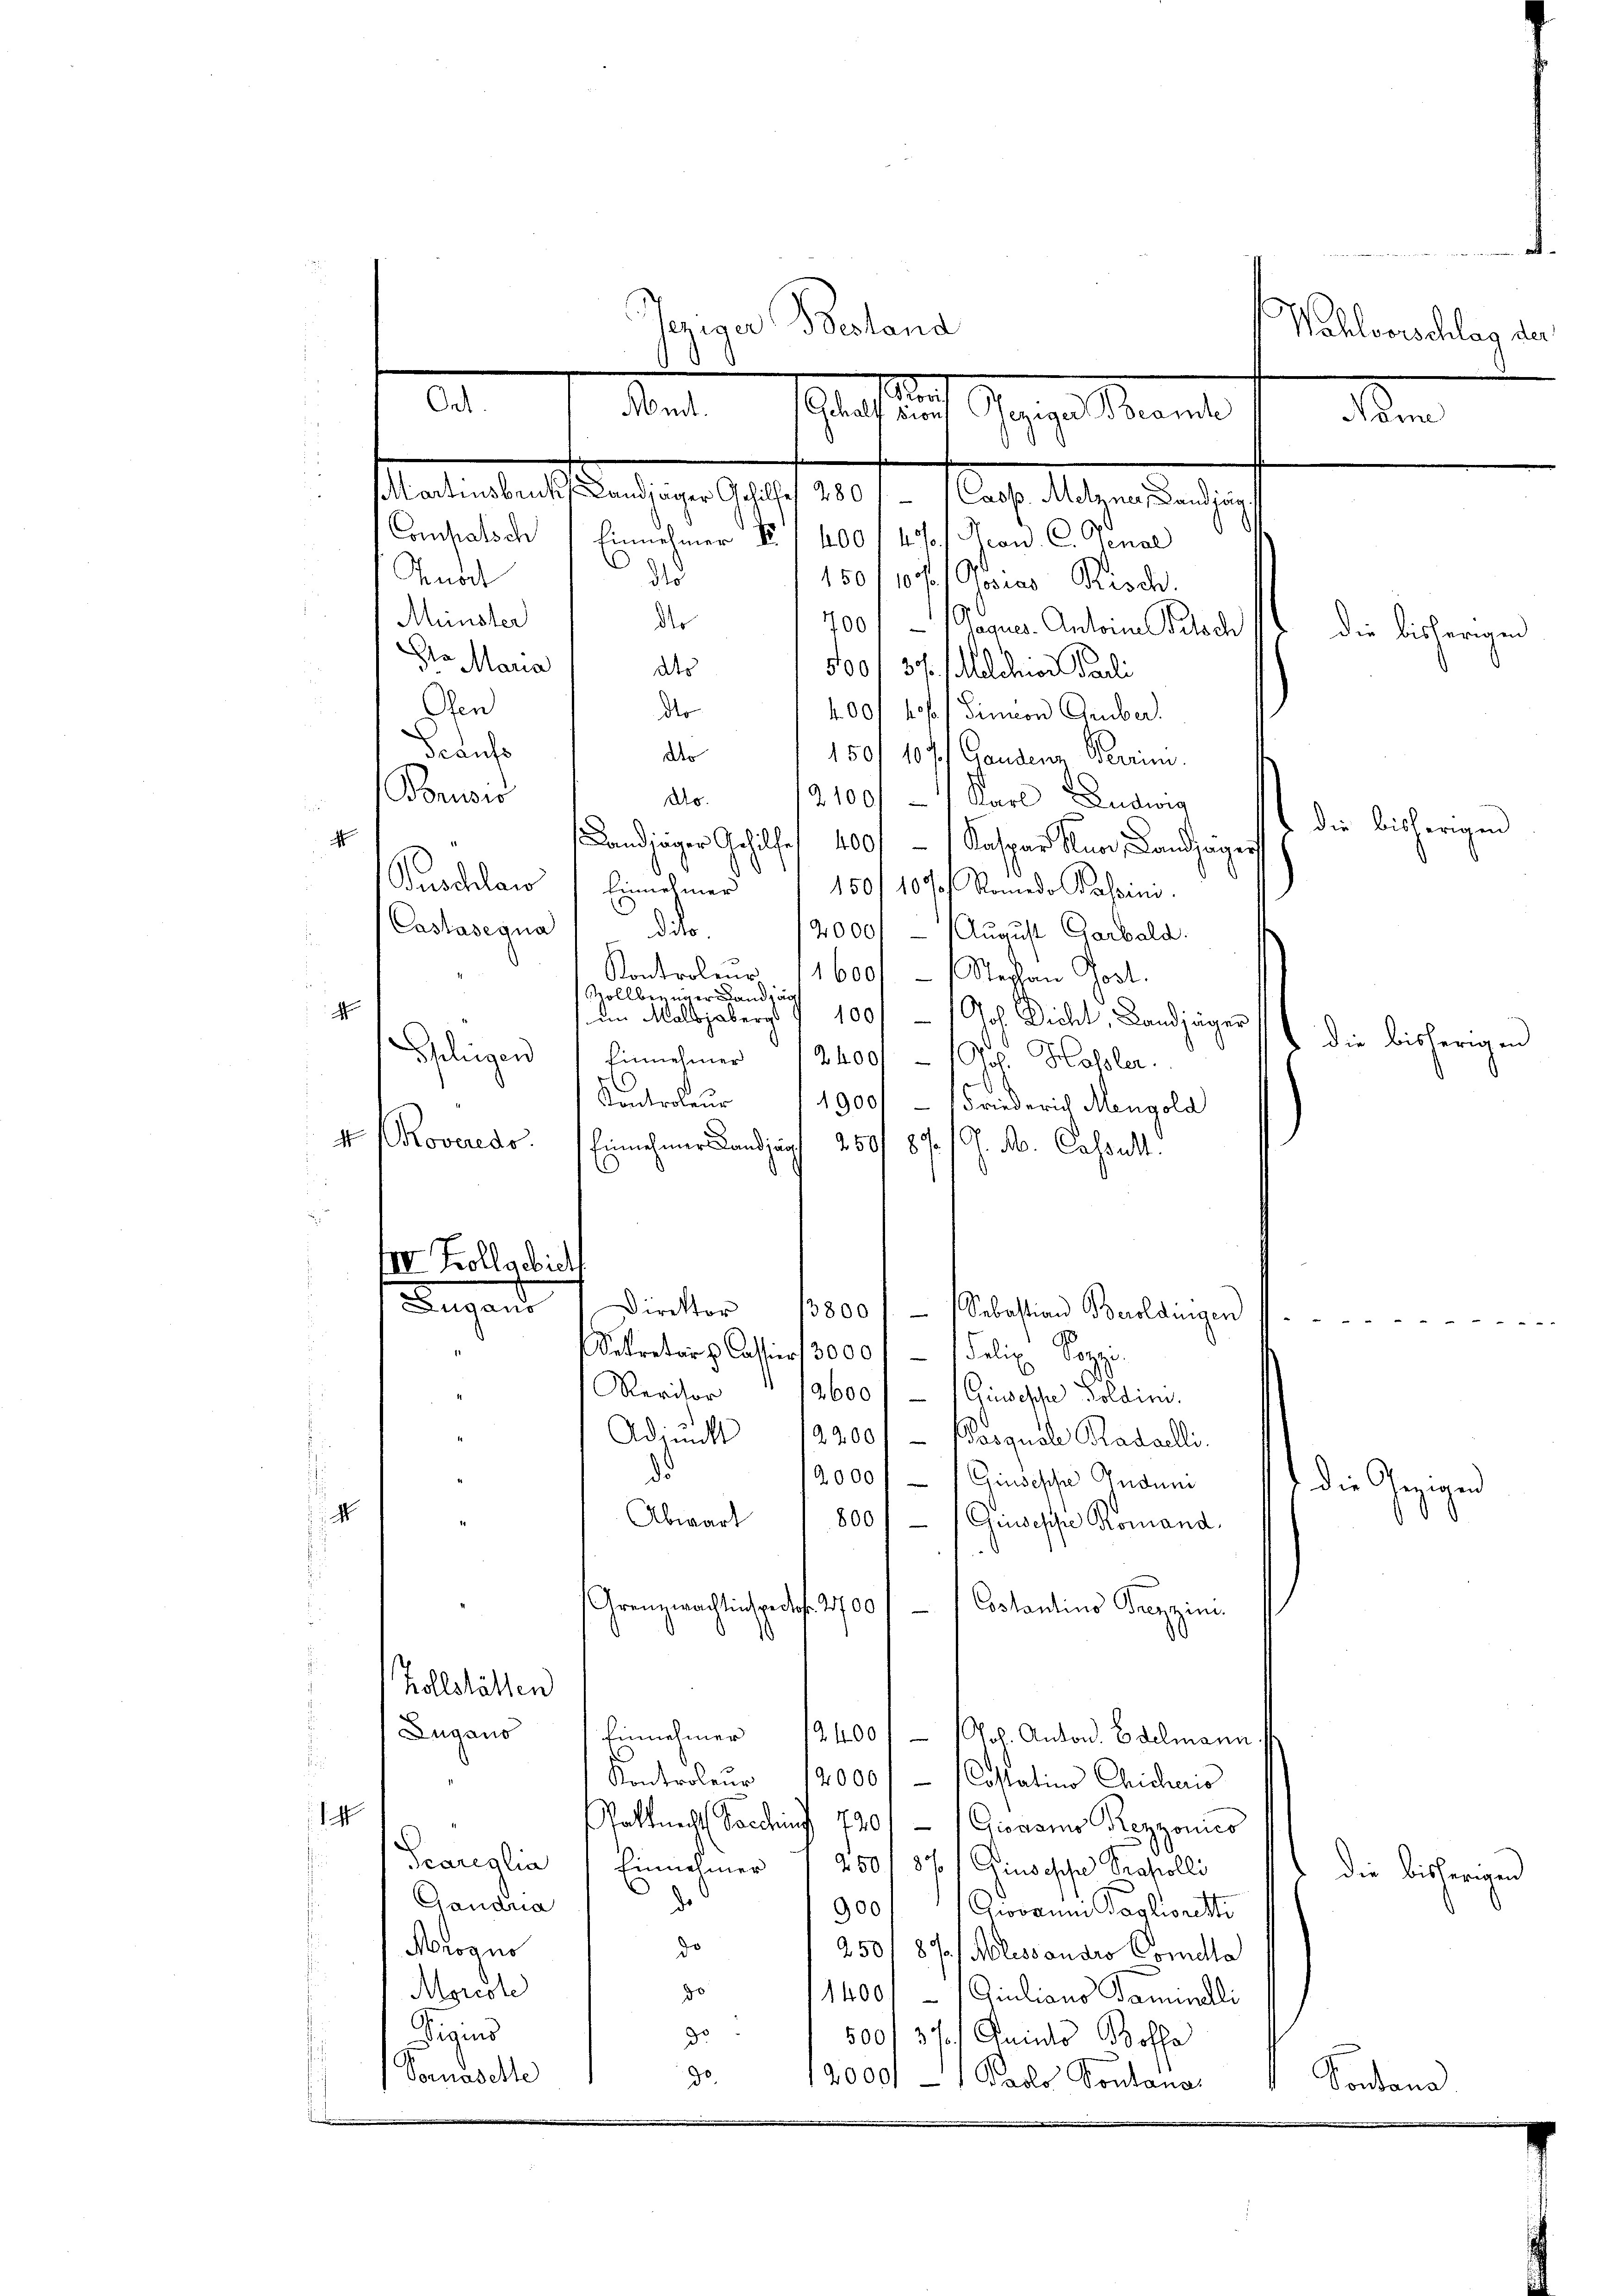
Castasegna

Jeriger Bestand
Wahlvorschlag der
.
e
det. Schlechtlich Gegen Mariel 1 Me
f
Martinsbeck Landjäger Gehilfe 280,- / Casp. Metzner, Landing.
Compatsch, Einnehmer No. 1 400 f 45 / Fron. C. Jenae
d
Kuoit
150/10 / Posias Risch.
Münster
der
400 Seques Antoine Besch
die bisherigen
Dr Maria
dts
500 f 37. Melchior Pauli
Ofen
do
400, fo f. Simeon Gruber.
Scaufs
der
150/ 107. Gandenz Perrim.
Bruis
Ao.
2100 Karl Ludwig
die bisherigen
Landinger Gehilfe 400, 1 Kaspar Knor, Landzüger
Puschlau
Einnehmer
150/1070f Romedo Palsini.

IV Zollgebiet

d
¬
ddo.
2000. - August Garbald.
Kontroleur 11600.- (Stephan Post.
ollberner Landräg
d
in Malbjabergs § 100 - 1 Jos. Dicht, Landjäger
Speligen
Einnehmer 12400 - 10 Holzler.
b
Controleur
1900/ - Friederich Mengold
4 (Rovereds.
Einnehmer Landjägt 250f 87. /. M. Cassatt.
C
Lugane Direkter 1500 f - Sebastian Mollingen f
Sekretar Cassiert 3000 f 1 Felix Sozzo.
s
Reritor 12600) (Gisesche Soldin.
11
Adimist 19200/- (Pasquale Stadaelli
d
2000 Giuseppe Guduni
4
Abwart
800) (Gisesche Romand.
1
.
Grenzwachtens rede. 2700
Costantins Trezzin.
e
s
.
d
2
kollstätten
Zugano
Einnehmer
12400 / Jos. Anton. Edelmann
d
Kontroleŭr 12000 f - (Costations Chicheris
14
Statt nicht Soccinf 720 - 1 Giovano Rezzonies
Peareglia / Einnehmer 1 250 f 37 / Giusesche Prafcolli
d
Gandna
900 Giovanni Tagloretti
Morogus
do
250/ 87/ Nolessandro Comdte
do
Moreste
1400// Giulians Faminelli
do
igens
500, 37. Quints Bossa
Somasette
30.
12000 - 1 Paols Sontana-

t die Gezigen

die bisherigen

Sontane

me, wenn e

d die bisherigen